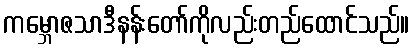
ကမ္ဘောဇသာဒီနန်းတော်ကိုလည်းတည်ထောင်သည်။